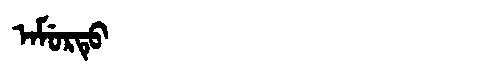
Manchu: ᠠᠮᡠᡵᡨᡠ
Romanization: AMURTU